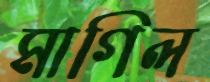
মাগিল